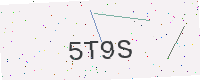
Text: 5T9S